Calcutta medical institutions reports 1892-1900
Year: 1892
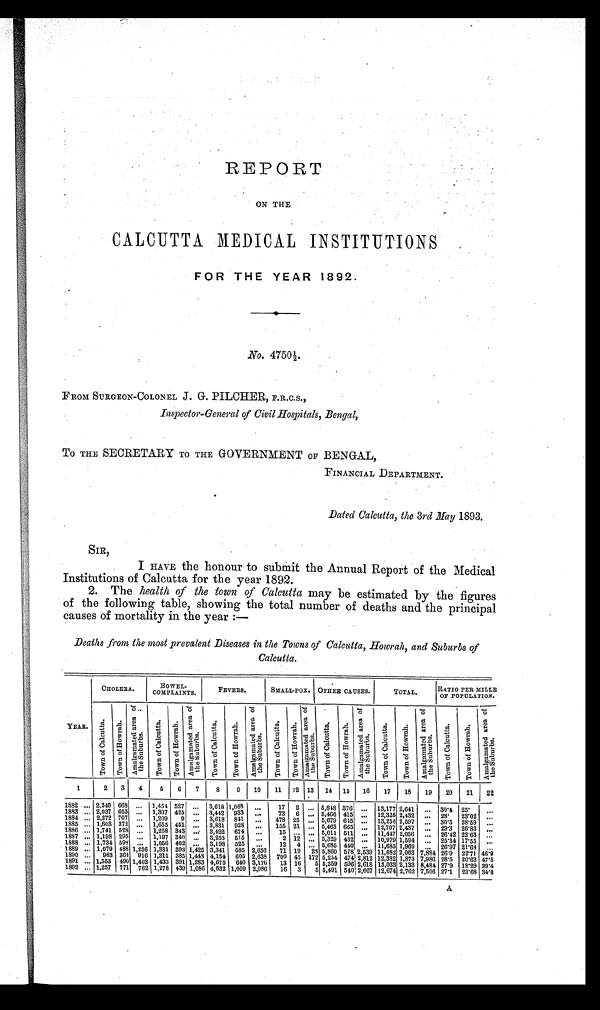
REPORT
ON THE
CALCUTTA MEDICAL INSTITUTIONS
FOR THE YEAR 1892.
No. 4750½.
FROM SURGEON-COLONEL J. G. PILOHER, F.R.C.S.,
Inspector-General of Civil Hospitals, Bengal,
TO THE SECRETARY TO THE GOVERNMENT OF BENGAL,
FINANCIAL DEPARTMENT.
Dated Calcutta, the 3rd May 1893.
SIR,
I HAVE the honour to submit the Annual Report of the Medical
Institutions of Calcutta for the year 1892.
2. The health of the town of Calcutta may be estimated by the figures
of the following table, showing the total number of deaths and the principal
causes of mortality in the year :—
Deaths from the most prevalent Diseases in the Towns of Calcutta, Howrah, and Suburbs of
Calcutta.
YEAR.
CHOLERA.
BOWEL-
COMPLAINTS.
FEVERS.
SMALL-POX. OTHER CAUSES.
TOTAL.
RATIO PER MILLE
OF POPULATION.
T o w n o f C a l c u t t a . T o w n o f H o w r a h .
A m a l g a m a t e d a r e a o f t h e S u b u r b s .
Town of Cal cut t a.
T o w n o f H o w r a h .
A m a l g a m a t e d a r e a o f t h e S u b u r b s .
T o w n o f C a l c u t t a . T o w n o f H o w r a h .
A m a l g a m a t e d a r e a o f t h e S u b u r b s .
T o w n o f C a l c u t t a . T o w n o f H o w r a h .
A m a l g a m a t e d a r e a o f t h e S u b u r b s .
T o w n o f C a l c u t t a . T o w n o f H o w r a h .
A m a l g a m a t e d a r e a o f t h e S u b u r b s .
T o w n o f C a l c u t t a . T o w n o f H o w r a h .
A m a l g a m a t e d a r e a o f t h e S u b u r b s .
T o w n o f C a l c u t t a .
T o w n o f H o w r a h .
A m a l g a m a t e d a r e a o f t h e S u b u r b s .
1
2 3 4
5 6 7
8
9 10 11 12 13 14 15 16 17 18 19 20 21 22
1882 ... 2,240 668 ... 1,454 527 ... 3,618 1,068 ...
17 2 . . . 5,848 376 ... 13,177 2,641 ... 30.4 25.
. . .
1883 ... 2,037 653 ... 1,307 425 ... 3,442 933 ...
73 6 ... 5,466 415 ... 12,325 2,432 ... 28. 23.02
. . .
1884 ... 2,272 707 ... 1,209 9 ... 3,618 841 ... 478 25 ... 5,679 645 ... 13,256 2,597 ... 30.5 28.59 ...
1885 ... 1,603 372 . . . 1,655 451 . . . 3,831 928 ... 155 21 . . . 5,463 665 ... 12,707 2,437 ... 29.3 26.83
. . .
1886 ... 1,741 528 ... 1,258 343 ... 3,422 674 ...
15 ... ... 5,011 511 ... 11,447 2,056 ... 26.42 22.63 ...
1887 ... 1,198 295 ... 1,197 340 ... 3,253 515 ...
2 12 . . . 5,329 432 ... 10,979 1,594 . . . 25.34 17.55 ...
1888 ... 1,734 598 . . . 1,056 402 ... 3,198 525 . . .
12 4 ... 5,685 440 . . . 11,685 1,969 . . . 26.97 21.68
. . .
1889 ... 1,079 488 1,236 1,331 393 1,425 3,341 585 2,656 71 19 28 5,860 578 2,539 11,682 2,063 7,884 26.9 22.71 46.9
1890 ... 963 364 916 1,311 385 1,448 4,154 605 2,638 700 45 172 5,254 474 2,812 12,382 1,873 7,986 28.5 20.62 47.5
1891 ... 1,553 490 1,402 1,433 391 1,283 4,675 640 3,176 13 16 5 5,359 596 2,618 13,033 2,133 8,484 27.9 18.29 3 9 . 4
1892 ... 1,257 771 762 1,278 439 1,086 4,632 1,009 2,986 16 3 5 5,491 540 2,667 12,674 2,762 7,506 27.1 23.68 3 4 . 8
A